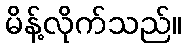
မိန့်လိုက်သည်။